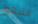
انتبهوا